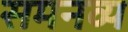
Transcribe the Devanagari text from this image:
समनव्य